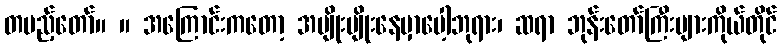
တပည့်တော်။ ။ အကြောင်းကတော့ အမျိုးမျိုးနေမှာပေါ့ဘုရား၊ ဆရာ ဘုန်းတော်ကြီးများကိုယ်တိုင်